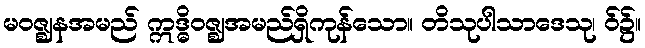
မဝဇ္ဈနအမည် ဣဒ္ဓိဝဇ္ဈအမည်ရှိကုန်သော။ တိသုပါသာဒေသု၊ ဝ်၌။